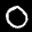
Label: 0